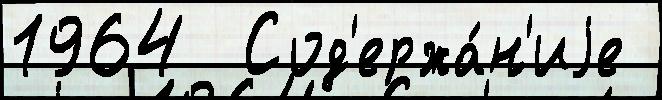
1964  Сод'ержа́н'иjе